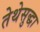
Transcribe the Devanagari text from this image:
तेथेसुद्धा